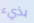
بذيء